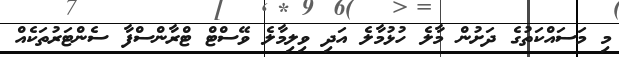
މި މަސައްކަތުގެ ދަށުން މާލެ ހުޅުމާލެ އަދި ވިލިމާލެ ވޭސްޓް ޓްރާންސްފާ ސެންޓަރުތަކެއް